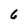
Character: 6